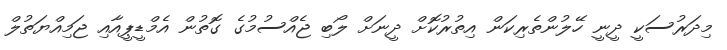
މިދަރުސަކީ ދީނީ ހޭލުންތެރިކަން އިތުރުކޮށް ދީނަށް ލޯބި ޖެއްސުމުގެ ގޮތުން އެމްޑީޕީއާއި ޖަމިއްޔަތުލް